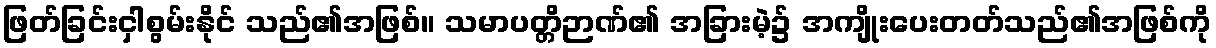
ဖြတ်ခြင်းငှါစွမ်းနိုင် သည်၏အဖြစ်။ သမာပတ္တိဉာဏ်၏ အခြားမဲ့၌ အကျိုးပေးတတ်သည်၏အဖြစ်ကို